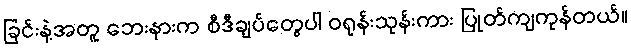
ခြင်းနဲ့အတူ ဘေးနားက စီဒီချပ်တွေပါ ဝရုန်းသုန်းကား ပြုတ်ကျကုန်တယ်။